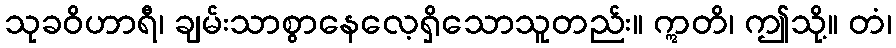
သုခဝိဟာရီ၊ ချမ်းသာစွာနေလေ့ရှိသောသူတည်း။ ဣတိ၊ ဤသို့။ တံ၊